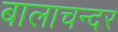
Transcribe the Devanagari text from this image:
बालाचन्दर